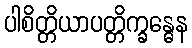
ပါစိတ္တိယာပတ္တိက္ခန္ဓေန